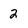
Character: 2